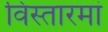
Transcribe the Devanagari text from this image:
विस्तारमां